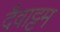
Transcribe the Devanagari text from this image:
दैवाट्टम